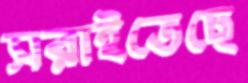
সরাইতেছে